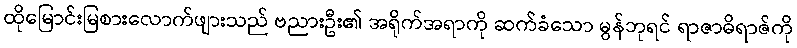
ထိုမြောင်းမြစားလောက်ဖျားသည် ဗညားဦး၏ အရိုက်အရာကို ဆက်ခံသော မွန်ဘုရင် ရာဇာဓိရာဇ်ကို